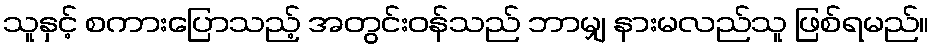
သူနှင့် စကားပြောသည့် အတွင်းဝန်သည် ဘာမျှ နားမလည်သူ ဖြစ်ရမည်။